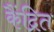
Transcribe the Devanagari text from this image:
कैंद्रित